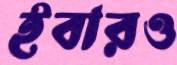
ইবারও